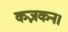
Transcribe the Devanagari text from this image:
कज़कन।